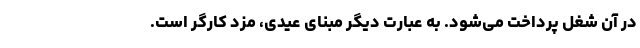
در آن شغل پرداخت می‌شود. به عبارت دیگر مبنای عیدی، مزد کارگر است.